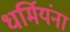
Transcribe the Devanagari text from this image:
धर्मियंना